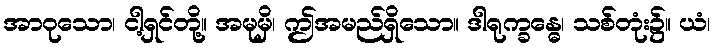
အာဝုသော၊ ငါ့ရှင်တို့။ အမုမှိ၊ ဤအမည်ရှိသော။ ဒါရုက္ခန္ဓေ၊ သစ်တုံး၌။ ယံ၊